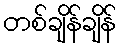
တစ်ချိန်ချိန်